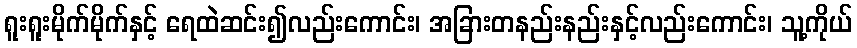
ရူးရူးမိုက်မိုက်နှင့် ရေထဲဆင်း၍လည်းကောင်း၊ အခြားတနည်းနည်းနှင့်လည်းကောင်း၊ သူ့ကိုယ်